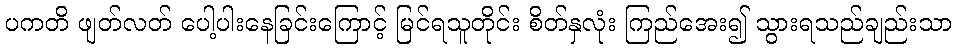
ပကတိ ဖျတ်လတ် ပေါ့ပါးနေခြင်းကြောင့် မြင်ရသူတိုင်း စိတ်နှလုံး ကြည်အေး၍ သွားရသည်ချည်းသာ